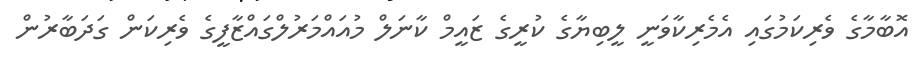
އޮބާމާގެ ވެރިކަމުގައި އެމެރިކާވަނީ ލީބިޔާގެ ކުރީގެ ޒައީމް ކާނަލް މުއައްމަރުލްގައްޒާފީގެ ވެރިކަން ގަދަބާރުން